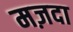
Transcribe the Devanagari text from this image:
मज़दा